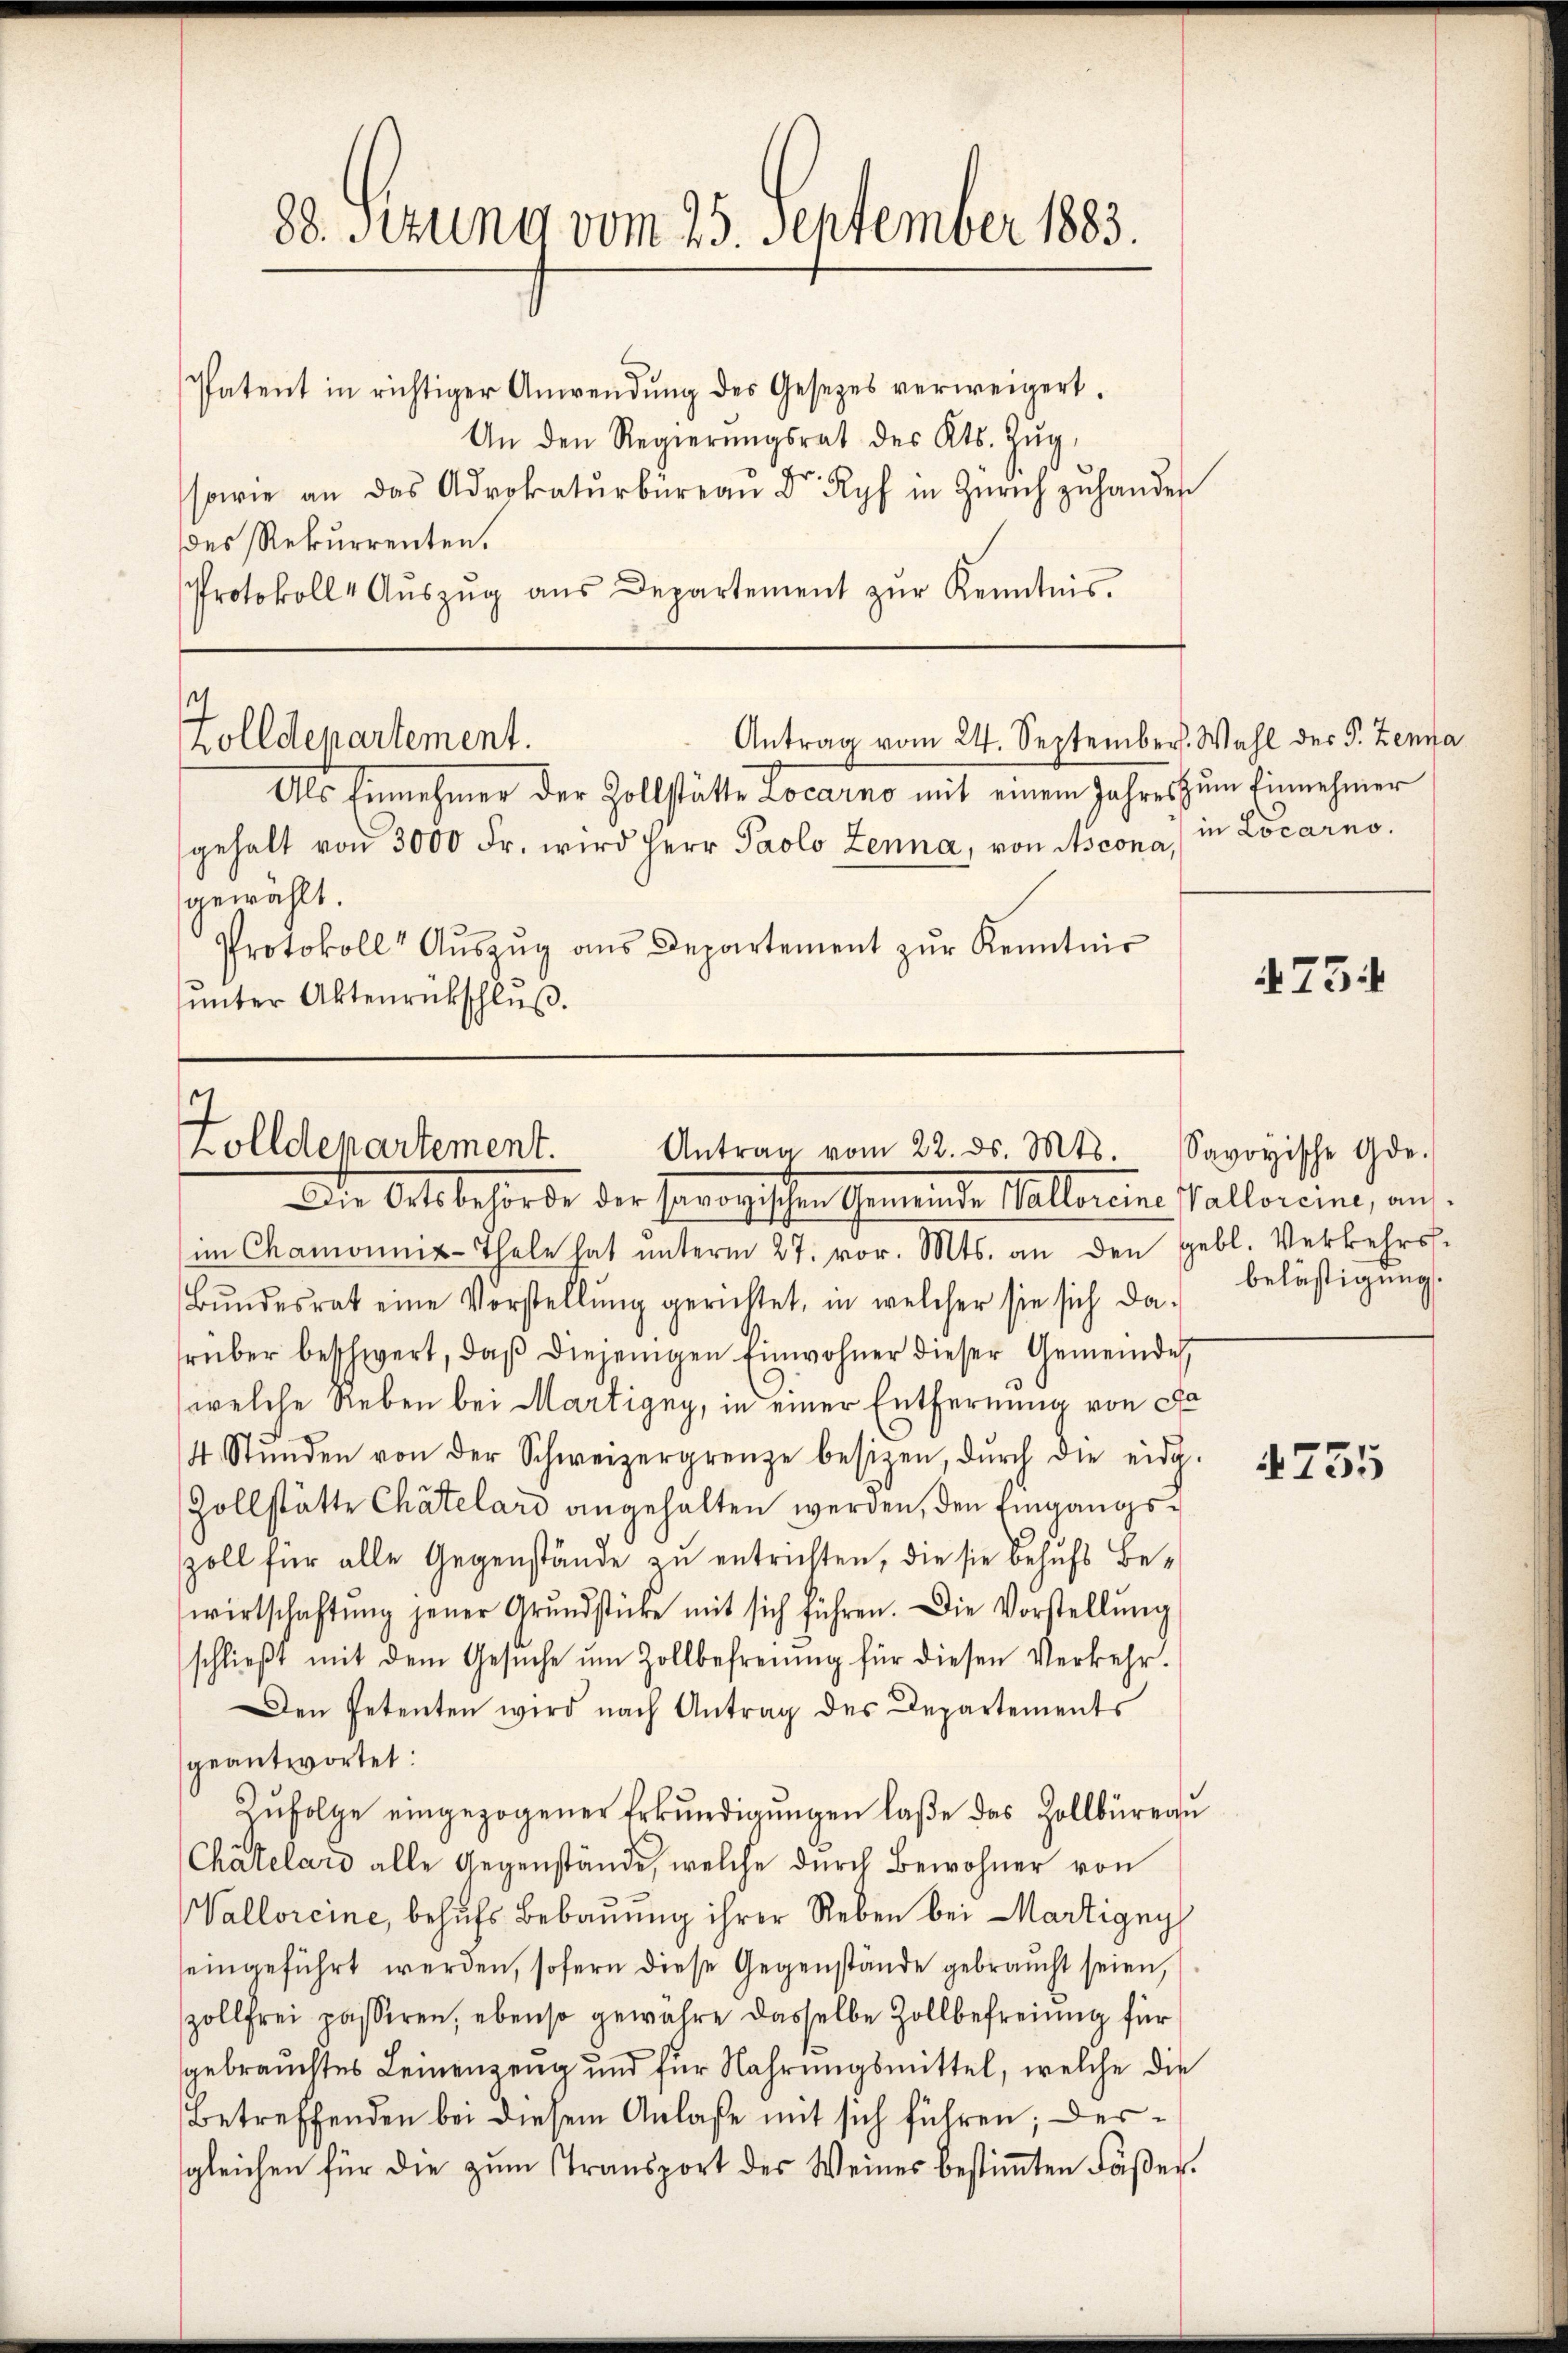
Patent in richtiger Anwendŭng des Gesetzes verweigert.
An den Regierŭngsrat des Kts. Zŭg
sowie an das Advokaturbüreau Dr. Ryf in Zürich zŭ handen
des Rekurrenten.
Protokoll 4 Aŭszŭg aŭs Departement zŭr Kenntnis.

88. Situng vom 25. September 1883.

7
Antrag vom 24. September. Wahl der P. Zenna
Zolldepartement.

Als Einnehmer der Zollstätte Locarno mit einem Jahres zum Einnehmer
gehalt von 3000 Fr. wird Herr Paolo Zenna, von Ascona, in Locarno.
gewählt.
Protokoll" Aŭszŭg ans Departement zŭr Kenntnis
ŭnter Aktenrückschlŭβ.

Zolldepartement.
Antrag vom 22. ds. Mts. Savoyische Ge-

ate Ort behörde der Garantischen Gemeinde Vallereine Pallereine, auf
im Chamonnix-Thele hat ŭnterm 27. vor. Mts. an den gebl. Verkehrs-
Bŭndesrat eine Vorstellŭng gerichtet, in welcher sie sich da-
rüber beschwert, daß diejenigen Einwohner dieser Gemeinde
(welche Neben bei Martigny, in einer Entfernung von Fa
4 Stŭnden von der Schweizergrenze besitzen, dŭrch die eidg.
Zollstätte Chätelard angehalten werden, den Eingangszoll für alle Gegenstände zu entrichten, die sie behufs Bewirtschaftŭng jener Grŭndstücke mit sich führen. Die Vorstellŭng
schlieβt mit dem Gesŭche ŭm Zollbefreiung für diesen Verkehr.
Den Petenten wird nach Antrag des Departements
geantwortet:
Zufolge eingezogener Erkundigungen laße das Zollbüreau
Chätelard alle Gegenstände, welche durch Bewohner von
Valloreine, behufs Bebauung ihrer Reben bei Martigny
seingeführt werden, sofern diese Gegenstände gebraucht seien,
zollfrei passiren, ebenso gewahre dasselbe Zollbefreiung für
gebrauchtes Leinenzeug und für Nahrungsmittel, welche die
Betreffenden bei diesem Anlaße mit sich führen; dersgleichen für die zum Transport des Weines bestimmten Fäßer.

4754

belästigung.

4735